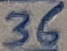
Text: 36